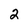
Character: 2